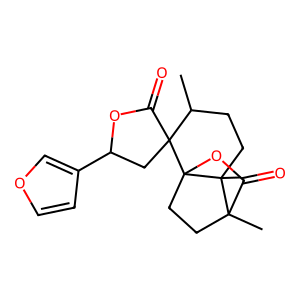
SMILES: CC1CCC2(C)C3(C)CCC2(OC3=O)C12CC(c1ccoc1)OC2=O
Inhibits HIV replication: No